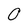
Character: 0